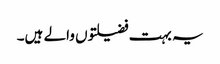
یہ بہت فضیلتوں والے ہیں۔